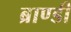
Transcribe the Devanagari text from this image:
ब्राण्डी